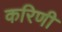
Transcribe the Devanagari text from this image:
करिणी